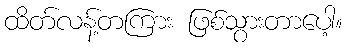
ထိတ်လန့်တကြား ဖြစ်သွားတာပေါ့။